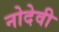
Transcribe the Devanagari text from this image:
नोदेवी